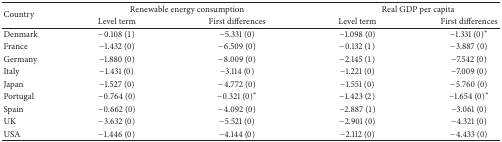
<table><thead><tr><td rowspan="2"><b>Country</b></td><td colspan="2"><b>Renewable energy consumption</b></td><td colspan="2"><b>Real GDP per capita</b></td></tr><tr><td><b>Level term</b></td><td><b>First differences </b></td><td><b>Level term </b></td><td><b>First differences</b></td></tr></thead><tbody><tr><td>Denmark</td><td>−0.108 (1) </td><td>−5.331 (0)</td><td>−1.098 (0)</td><td>−1.331 (0)*</td></tr><tr><td>France </td><td>−1.432 (0) </td><td>−6.509 (0)</td><td>−0.132 (1)</td><td>−3.887 (0) </td></tr><tr><td>Germany</td><td>−1.880 (0) </td><td>−8.009 (0)</td><td>−2.145 (1)</td><td>−7.542 (0) </td></tr><tr><td>Italy </td><td>−1.431 (0) </td><td>−3.114 (0)</td><td>−1.221 (0)</td><td>−7.009 (0) </td></tr><tr><td>Japan</td><td>−1.527 (0) </td><td>−4.772 (0)</td><td>−1.551 (0)</td><td>−5.760 (0) </td></tr><tr><td>Portugal</td><td>−0.764 (0) </td><td>−0.321 (0)*</td><td>−1.423 (2)</td><td>−1.654 (0)*</td></tr><tr><td>Spain</td><td>−0.662 (0) </td><td>−4.092 (0)</td><td>−2.887 (1)</td><td>−3.061 (0) </td></tr><tr><td>UK</td><td>−3.632 (0) </td><td>−5.521 (0)</td><td>−2.901 (0)</td><td>−4.321 (0) </td></tr><tr><td>USA</td><td>−1.446 (0) </td><td>−4.144 (0)</td><td>−2.112 (0)</td><td>−4.433 (0) </td></tr></tbody></table>